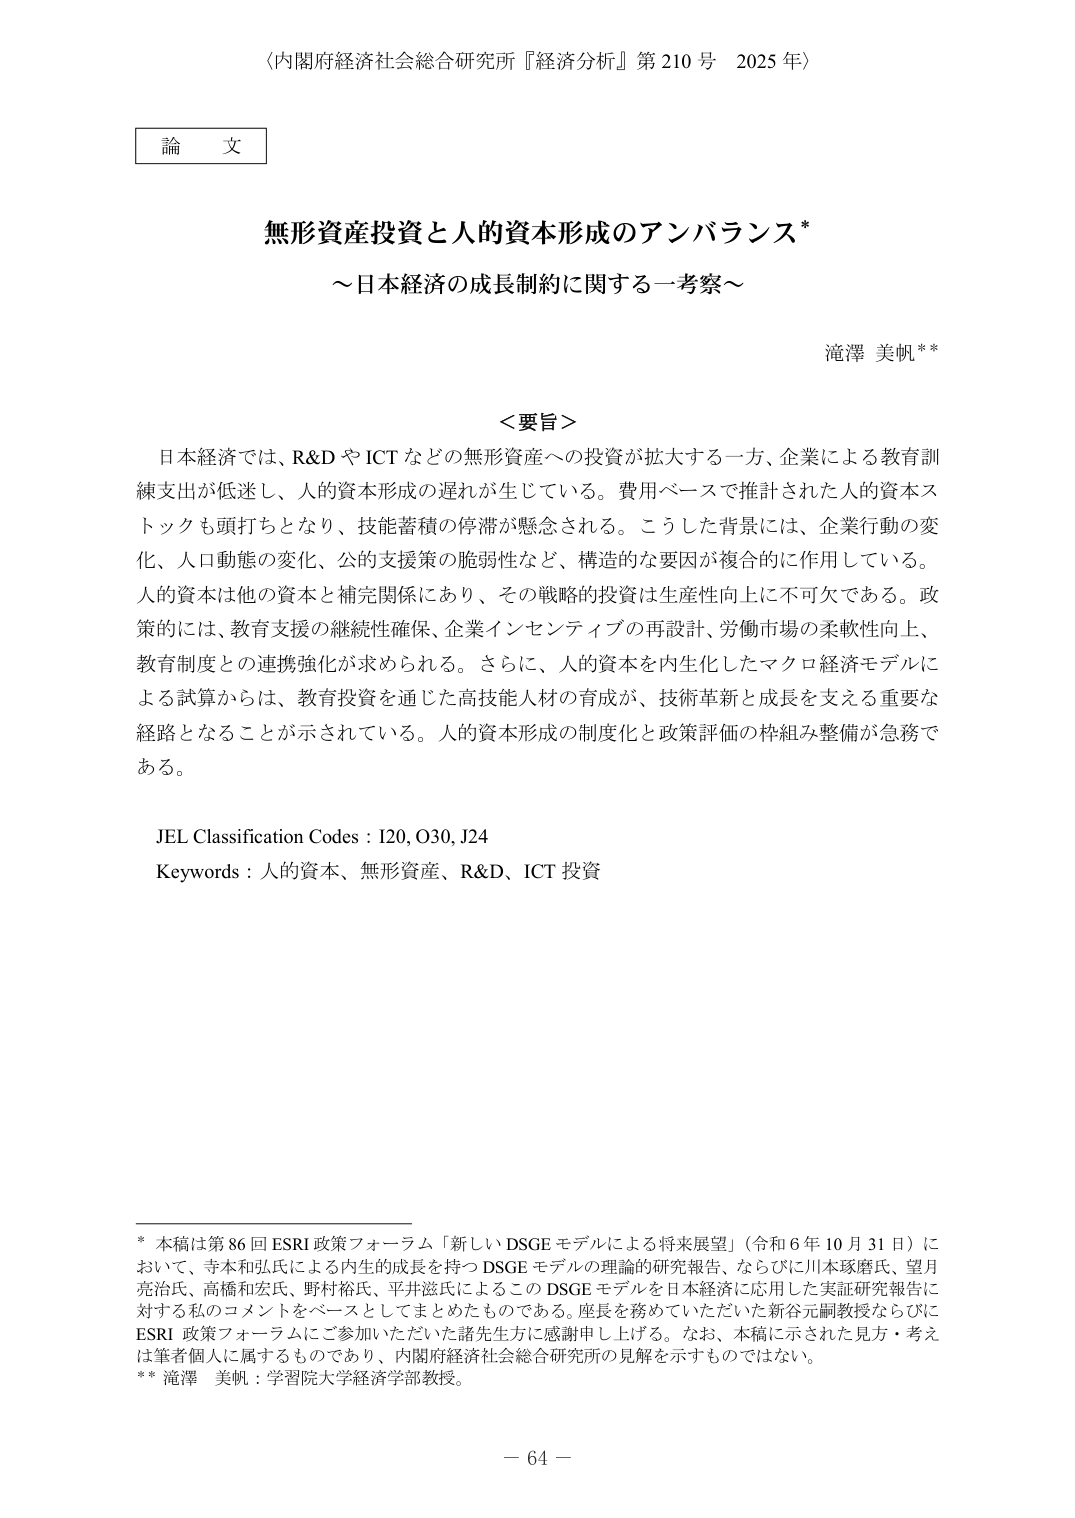
〈内閣府経済社会総合研究所『経済分析』第210号 2025年〉

論文

無形資産投資と人的資本形成のアンバランス*
～日本経済の成長制約に関する一考察～

滝澤 美帆**

＜要旨＞
日本経済では、R&DやICTなどの無形資産への投資が拡大する一方、企業による教育訓練支出が低迷し、人的資本形成の遅れが生じている。費用ベースで推計された人的資本ストックも頭打ちとなり、技能蓄積の停滞が懸念される。こうした背景には、企業行動の変化、人口動態の変化、公的支援策の脆弱性など、構造的な要因が複合的に作用している。人的資本は他の資本と補完関係にあり、その戦略的投資は生産性向上に不可欠である。政策的には、教育支援の継続性確保、企業インセンティブの再設計、労働市場の柔軟性向上、教育制度との連携強化が求められる。さらに、人的資本を内生化したマクロ経済モデルによる試算からは、教育投資を通じた高技能人材の育成が、技術革新と成長を支える重要な経路となることが示されている。人的資本形成の制度化と政策評価の枠組み整備が急務である。

JEL Classification Codes : I20, O30, J24
Keywords : 人的資本、無形資産、R&D、ICT投資

* 本稿は第86回ESRI政策フォーラム「新しいDSGEモデルによる将来展望」（令和6年10月31日）において、寺本和弘氏による内生的成長を持つDSGEモデルの理論的研究報告、ならびに川本琢磨氏、望月克治氏、高橋和宏氏、野村裕氏、平井滋氏によるこのDSGEモデルを日本経済に応用した実証研究報告に対する私のコメントをベースとしてまとめたものである。座長を務めていただいた新谷元嗣教授ならびにESRI政策フォーラムにご参加いただいた諸先生方に感謝申し上げる。なお、本稿に示された見方・考えは筆者個人に属するものであり、内閣府経済社会総合研究所の見解を示すものではない。
** 滝澤 美帆：学習院大学経済学部教授。

－64－